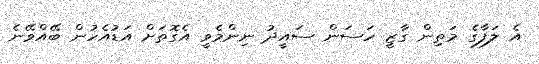
އެ ލަފާގެ މަތިން ގާޒީ ހަސަން ސައީދު ނިންމެވީ އެގޮތަށް އަޑުއެހުން ބޭއްވޭނެ